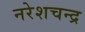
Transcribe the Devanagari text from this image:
नरेशचन्द्र